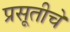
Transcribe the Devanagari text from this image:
प्रसूतीचे